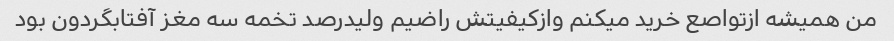
من همیشه ازتواصع خرید میکنم وازکیفیتش راضیم ولیدرصد تخمه سه مغز آفتابگردون بود